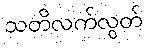
သတိလက်လွတ်